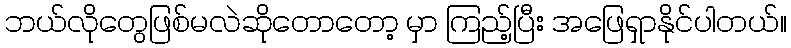
ဘယ်လိုတွေဖြစ်မလဲဆိုတောတော့ မှာ ကြည့်ပြီး အဖြေရှာနိုင်ပါတယ်။